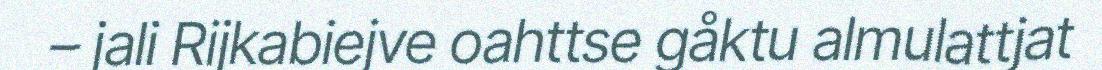
– jali Rijkabiejve oahttse gåktu almulattjat